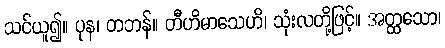
သင်ယူ၍။ ပုန၊ တဘန်။ တီဟိမာသေဟိ၊ သုံးလတို့ဖြင့်။ အတ္ထသော၊